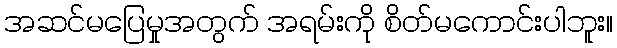
အဆင်မပြေမှုအတွက် အရမ်းကို စိတ်မကောင်းပါဘူး။